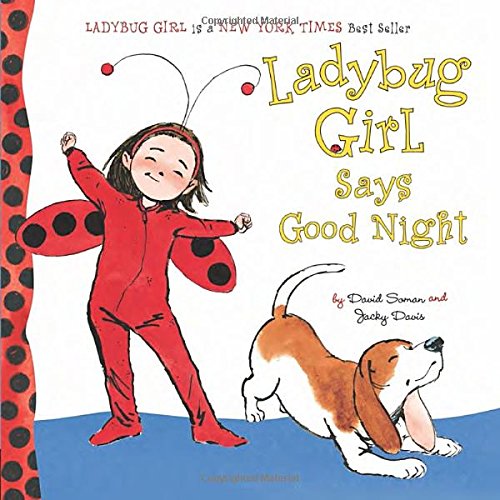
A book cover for Ladybug Girl Says Good Night; Jacky Davis; Children's Books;